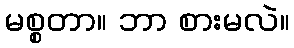
မစ္စတာ။ ဘာ စားမလဲ။